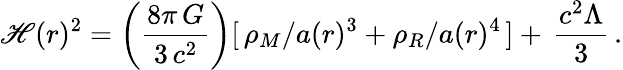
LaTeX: \mathscr{H}(r)^{2}=\left(\frac{{8\pi\, G}}{{3\, c^{2}}}\right)[\, \rho_{M}/a(r)^{3}+\rho_{R}/a(r)^{4}\, ]+\, \frac{{c^{2}\Lambda}}{{3}}\, .